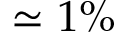
\simeq 1 \%